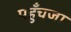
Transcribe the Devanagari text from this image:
पहुँचजा